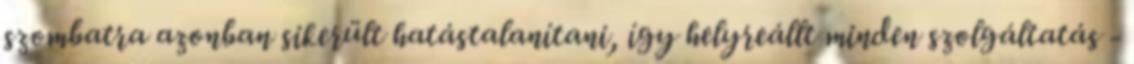
szombatra azonban sikerült hatástalanítani, így helyreállt minden szolgáltatás -